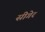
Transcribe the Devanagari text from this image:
सीगेर